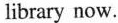
library now.